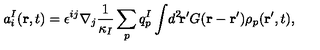
a _ { i } ^ { I } ( { \bf r } , t ) = \epsilon ^ { i j } \nabla _ { j } \frac { 1 } { \kappa _ { I } } \sum _ { p } q _ { p } ^ { I } \int \! d ^ { 2 } \! { \bf r } ^ { \prime } G ( { \bf r } - { \bf r } ^ { \prime } ) \rho _ { p } ( { \bf r } ^ { \prime } , t ) ,